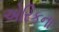
એરિકના